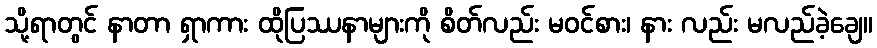
သို့ရာတွင် နာတာ ရှာကား ထိုပြဿနာများကို စိတ်လည်း မဝင်စား၊ နား လည်း မလည်ခဲ့ချေ။